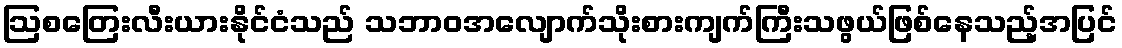
ဩစတြေးလီးယားနိုင်ငံသည် သဘာဝအလျောက်သိုးစားကျက်ကြီးသဖွယ်ဖြစ်နေသည့်အပြင်